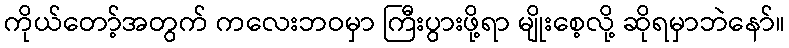
ကိုယ်တော့်အတွက် ကလေးဘဝမှာ ကြီးပွားဖို့ရာ မျိုးစေ့လို့ ဆိုရမှာဘဲနော်။